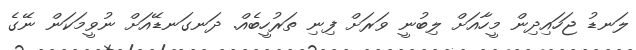
ލަނޑު ޖަހައިދިން މީހާއަށް ލިބުނީ ވަރަށް ފިނި ތަރުހީބެއް. ދަނގަނޑޭއަށް ނުވީމަކަން ނޭގެ